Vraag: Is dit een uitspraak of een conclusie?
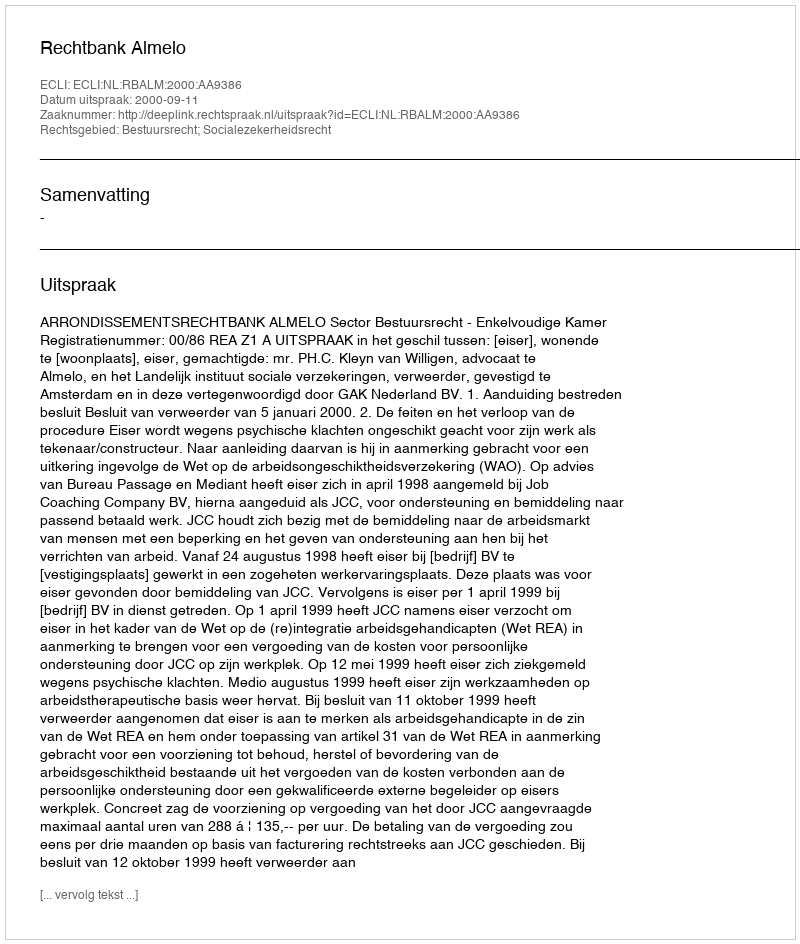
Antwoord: Uitspraak